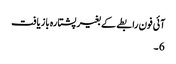
آئی فون رابطے کے بغیر پشتارہ بازیافت
6 ۔